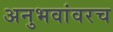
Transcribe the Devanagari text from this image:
अनुभवांवरच